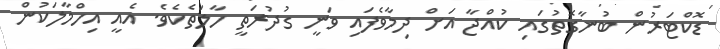
ޑޮކްޓަރުން ބުނާގޮތުގައި ކުއްޖާ އަށް ދިމާވެފައި ވަނީ ގުދުރަތީ ހާލަތެކެވެ. އެއީ އިހްމާލަކުން